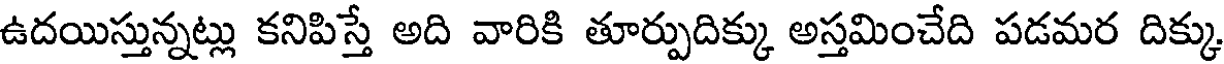
ఉదయిస్తున్నట్లు కనిపిస్తే అది వారికి తూర్పుదిక్కు అస్తమించేది పడమర దిక్కు